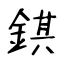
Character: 錤